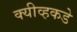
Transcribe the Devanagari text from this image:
क्यीव्हकडे